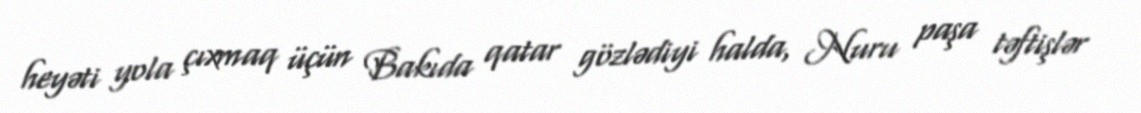
heyəti yola çıxmaq üçün Bakıda qatar gözlədiyi halda, Nuru paşa təftişlər